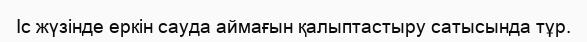
Іс жүзінде еркін сауда аймағын қалыптастыру сатысында тұр.